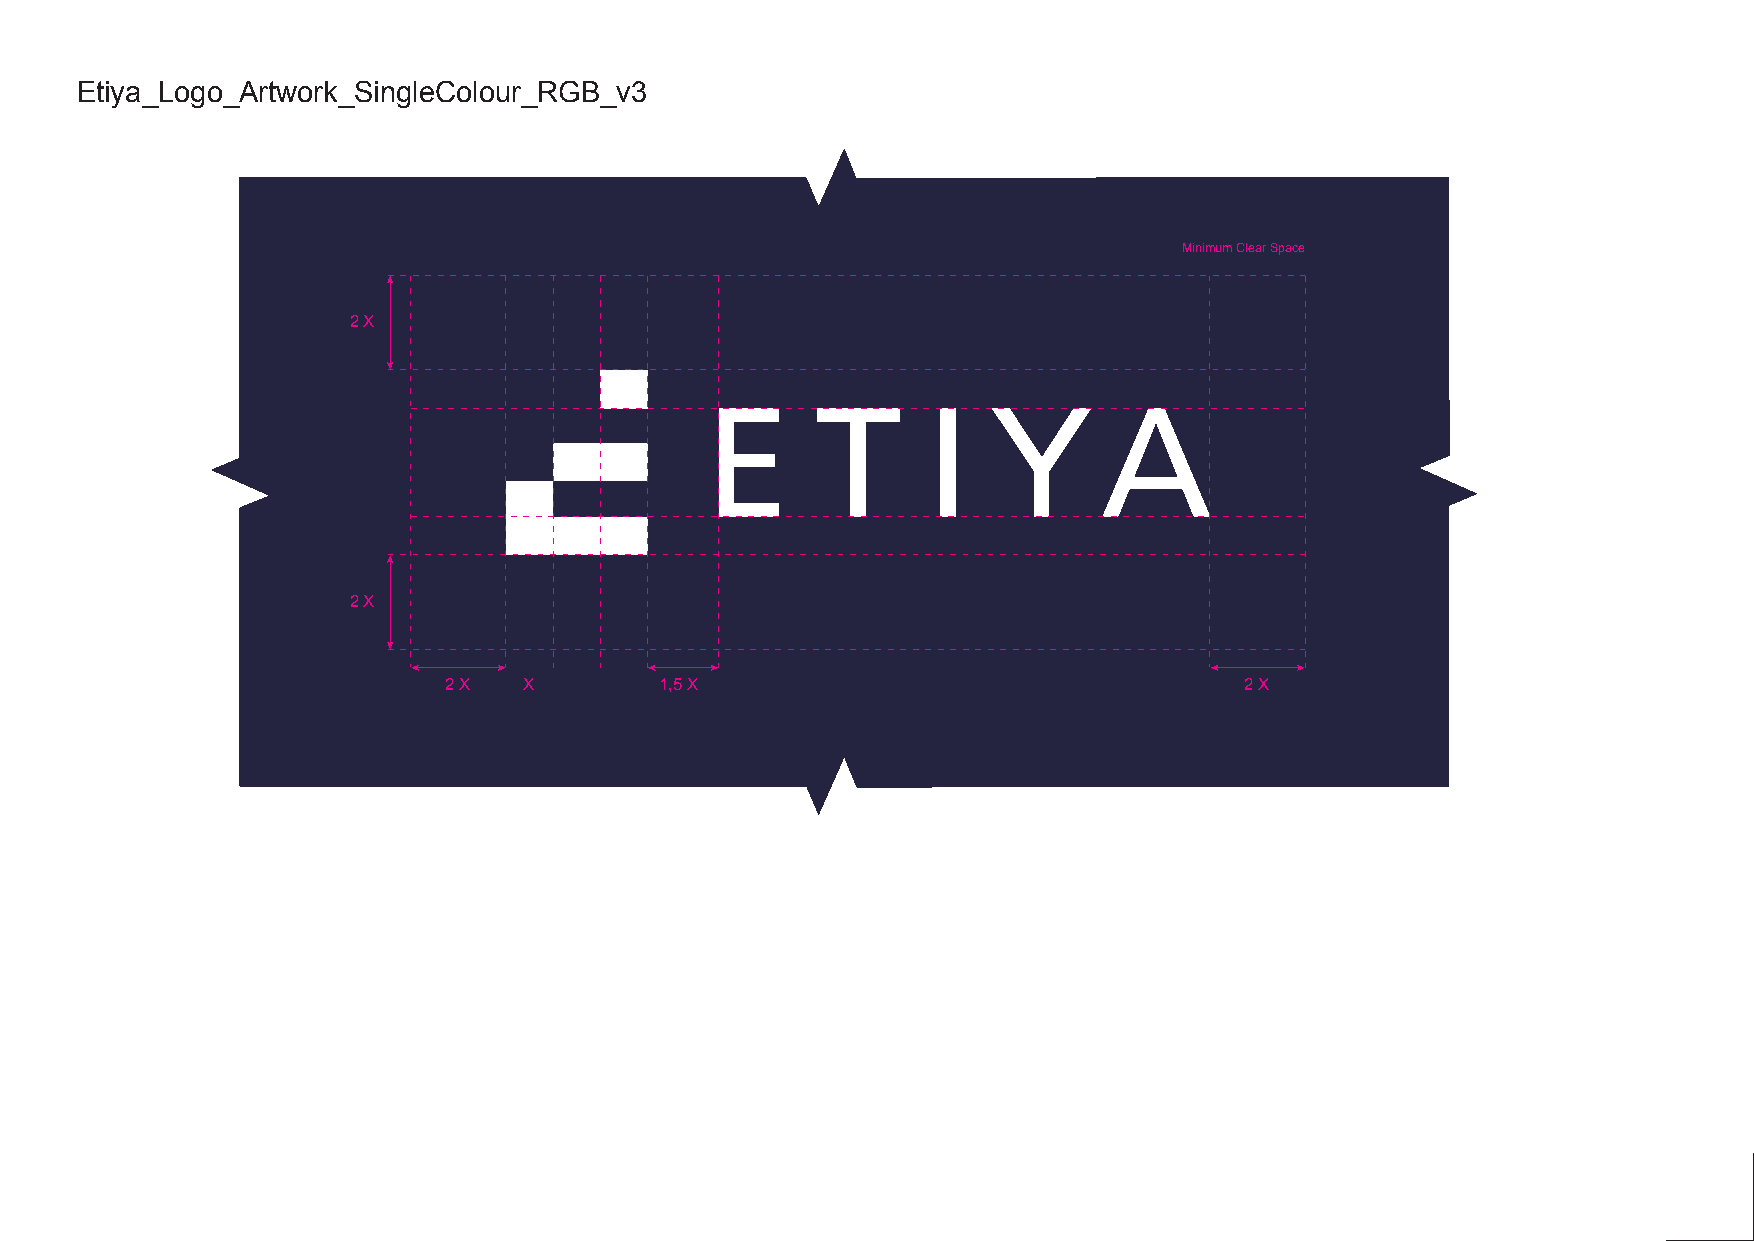
Etiya_Logo_Artwork_SingleColour_RGB_v3
 Minimum Clear Space
 2 X
 2 X
 2 X   X        1,5 X                                 2 X